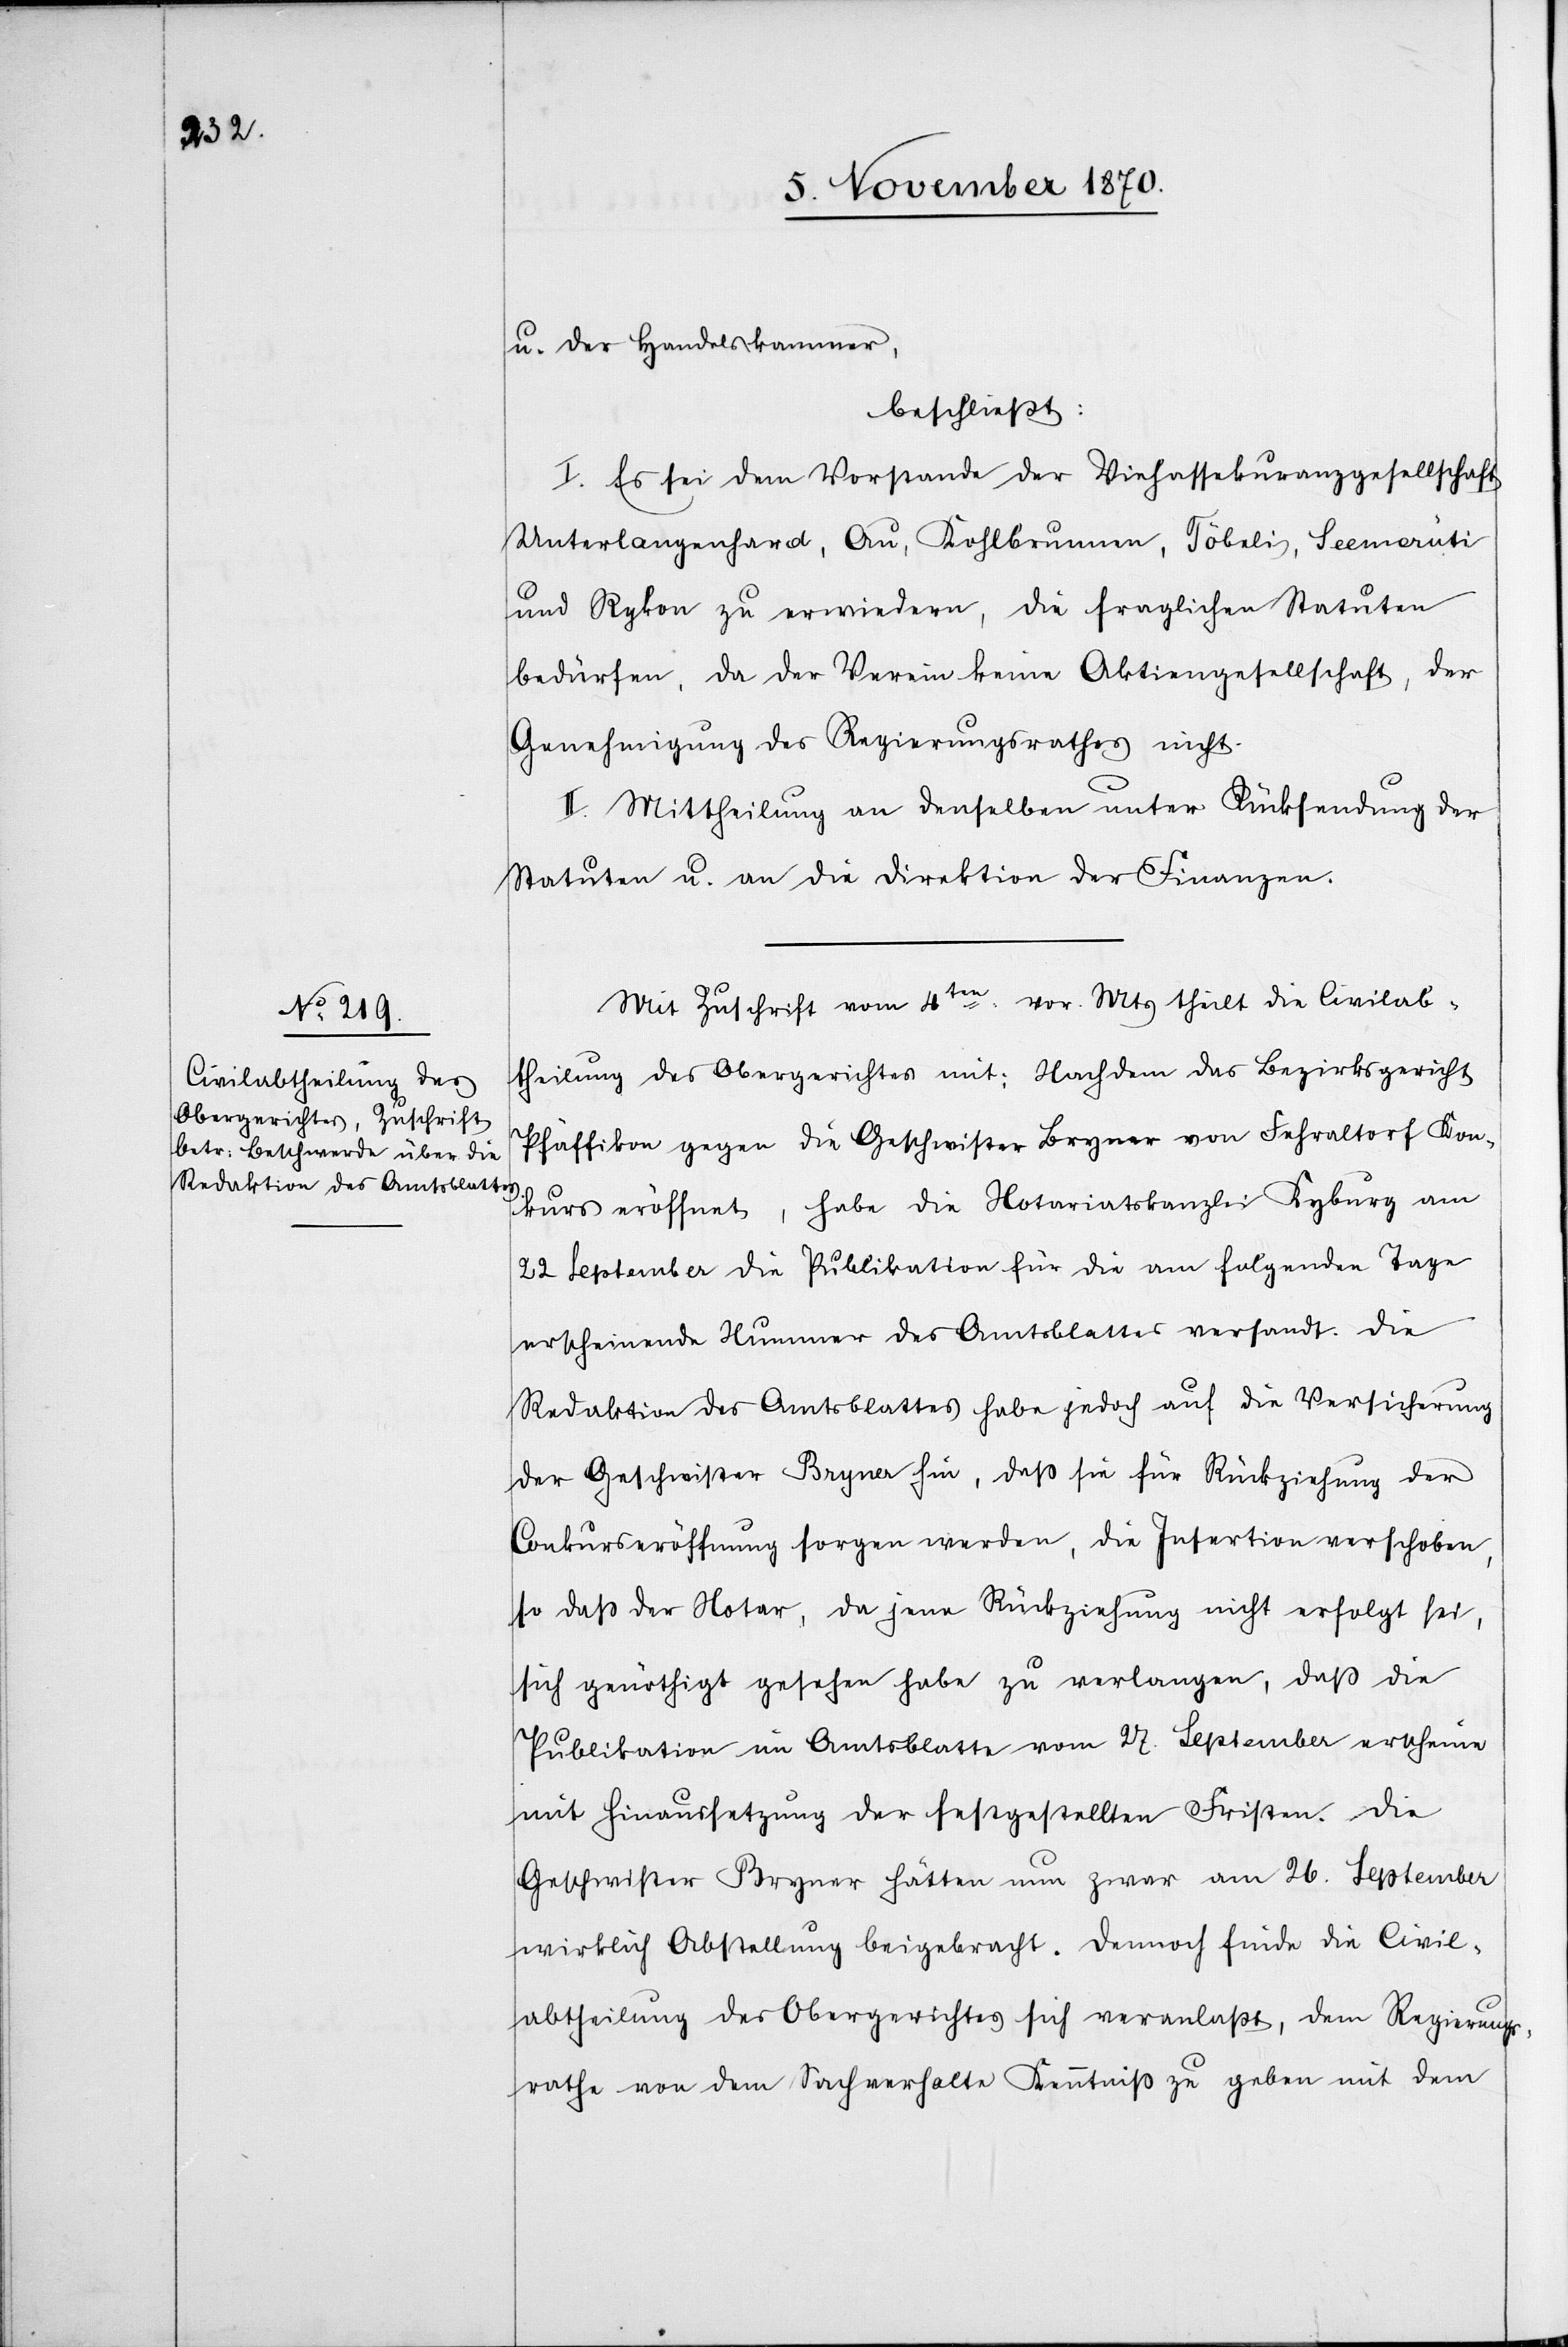
u. der Handelskammer,
beschließt:
I. Es sei dem Vorstande der Viehassekuranzgesellschaft
Unterlangenhard, Au, Kohlbrunnen, Töbeli, Seemerüti
und Rykon zu erwiedern, die fraglichen Statuten
bedürfen, da der Verein keine Aktiengesellschaft, der
Genehmigung des Regierungsrathes nicht.
II. Mittheilung an denselben unter Rücksendung der
Statuten u. an die Direktion der Finanzen.
Mit Zuschrift vom 4ten vor. Mts theilt die Civilab¬
theilung des Obergerichtes mit: Nachdem das Bezirksgericht
Pfäffikon gegen die Geschwister Bryner von Fehraltorf Kon¬
kurs eröffnet, habe die Notariatskanzlei Kyburg am
22 September die Publikation für die am folgenden Tage
erscheinende Nummer des Amtsblattes versandt. Die
Redaktion des Amtsblattes habe jedoch auf die Versicherung
der Geschwister Bryner hin, daß sie für Rückziehung der
Conkurseröffnung sorgen werden, die Insertion verschoben,
so daß der Notar, da jene Rückziehung nicht erfolgt sei,
sich genöthigt gesehen habe zu verlangen, daß die
Publikation im Amtsblatte vom 27. September erscheine
mit Hinaussetzung der festgestellten Fristen. Die
Geschwister Bryner hätten nun zwar am 26. September
wirklich Abstellung beigebracht. Dennoch finde die Civil¬
abtheilung des Obergerichtes sich veranlaßt, dem Regierungs¬
rathe von dem Sachverhalte Kenntniß zu geben mit dem